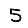
Digit: 5